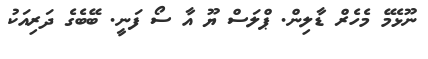
ނޫޅެމޭ މެހެރް ޑާލިން. ޕްލަސް ޔޫ އާ ސޯ ފަނީ. ބޭބެގެ ދަރިއަކު